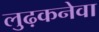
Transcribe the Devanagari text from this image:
लुढ़कनेवा